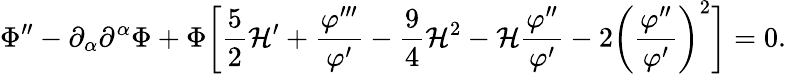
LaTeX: \Phi^{\prime\prime}-\partial_{\alpha}\partial^{\alpha}\Phi+\Phi\biggl[\frac{5}{2}{\cal H}^{\prime}+\frac{\varphi^{\prime\prime\prime}}{\varphi^{\prime}}-\frac{9}{4}{\cal H}^{2}-{\cal H}\frac{\varphi^{\prime\prime}}{\varphi^{\prime}}-2\biggl(\frac{\varphi^{\prime\prime}}{\varphi^{\prime}}\biggr)^{2}\biggr]=0.